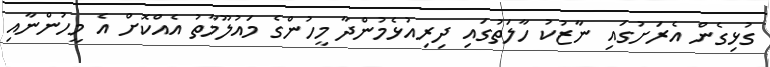
ގުޅިގެން އެރަށުގައި ނާޒުކު ހާލަތުގައި ދިރިއުޅެމުންދާ މީހުންގެ މައުލޫމާތު އެއްކޮށް އެ މީހުންނާއި